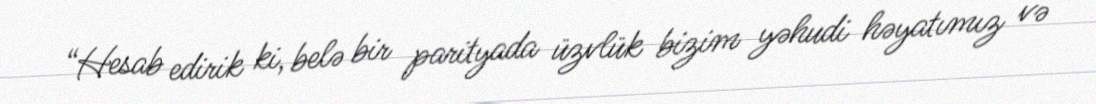
“Hesab edirik ki, belə bir parityada üzvlük bizim yəhudi həyatımız və